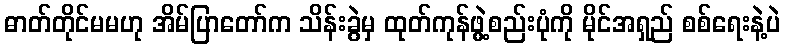
ဓာတ်တိုင်မမဟု အိမ်ပြာတော်က သိန်းခွဲမှ ထုတ်ကုန်ဖွဲ့စည်းပုံကို မိုင်အရှည် စစ်ရေးနဲ့ပဲ